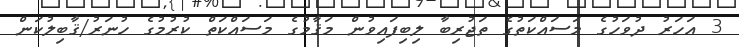
3 އަހަރު ދުވަހުގެ މަސައްކަތުގެ ތަޖުރިބާ ލިބިފައިވުން މަޤާމުގެ މަސައްކަތް ކުރުމުގެ ހުނަރު/ޤާބިލުކަން